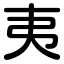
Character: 夷